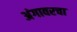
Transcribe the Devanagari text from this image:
अंगावरचा